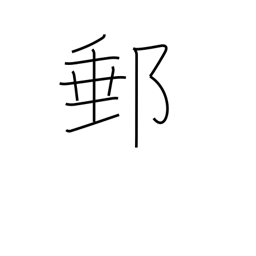
Meaning: mail